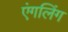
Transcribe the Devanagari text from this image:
एंगलिंग